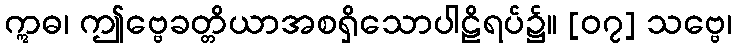
ဣဓ၊ ဤဗ္ဗေခတ္တိယာအစရှိသောပါဠိရပ်၌။ [၀၇] သဗ္ဗေ၊